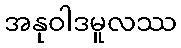
အနုဝါဒမူလဿ